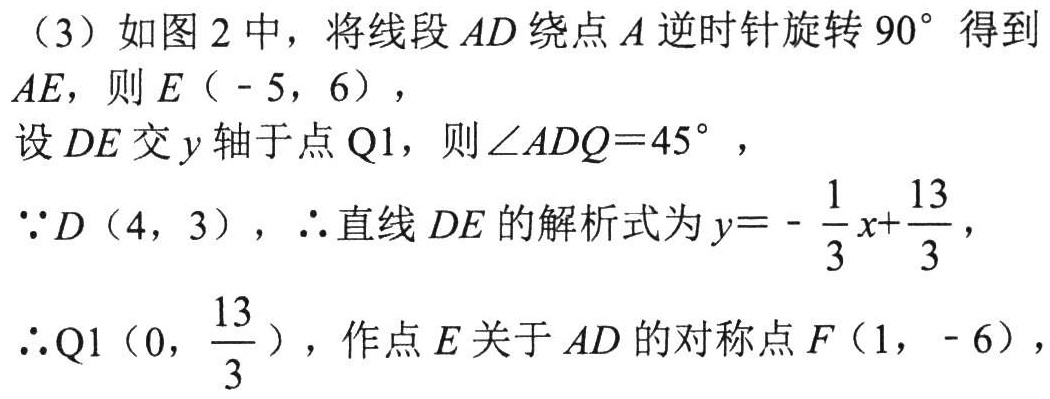
（3）如图 2 中，将线段 \(AD\) 绕点 \(A\) 逆时针旋转 \(90^{\circ}\) 得到 \(AE\)，则 \(E（ - 5，6）\)，
设 \(DE\) 交 \(y\) 轴于点 \(Q1\)，则 \(\angle ADQ = 45^{\circ}\)，
\(\because D（4，3）\)，\(\therefore\) 直线 \(DE\) 的解析式为 \(y = - \frac{1}{3}x+\frac{13}{3}\)，
\(\therefore Q1（0，\frac{13}{3}）\)，作点 \(E\) 关于 \(AD\) 的对称点 \(F（1， - 6）\)，